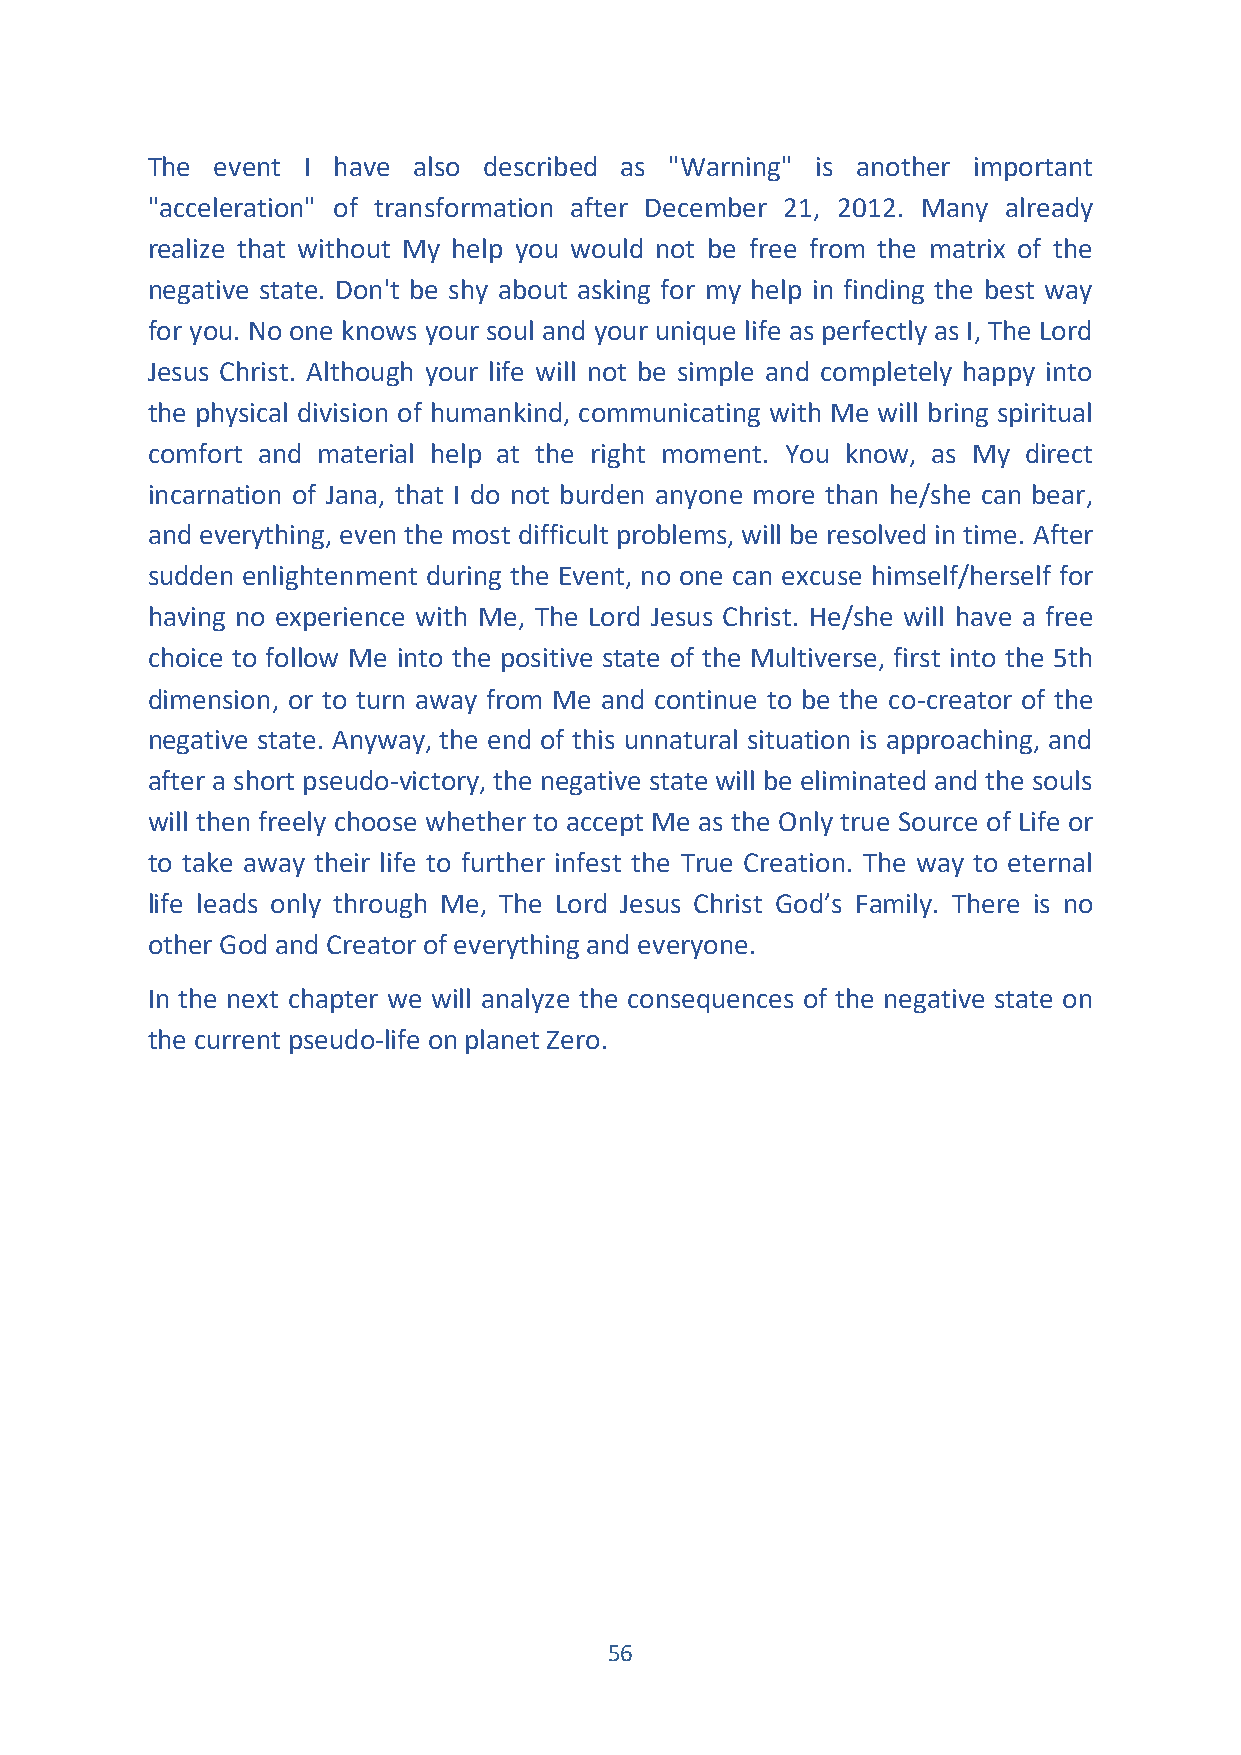
The event I have also described as "Warning" is another important
 "acceleration" of transformation after December 21, 2012. Many already
 realize that without My help you would not be free from the matrix of the
 negative state. Don't be shy about asking for my help in finding the best way
 for you. No one knows your soul and your unique life as perfectly as I, The Lord
 Jesus Christ. Although your life will not be simple and completely happy into
 the physical division of humankind, communicating with Me will bring spiritual
 comfort and material help at the right moment. You know, as My direct
 incarnation of Jana, that I do not burden anyone more than he/she can bear,
 and everything, even the most difficult problems, will be resolved in time. After
 sudden enlightenment during the Event, no one can excuse himself/herself for
 having no experience with Me, The Lord Jesus Christ. He/she will have a free
 choice to follow Me into the positive state of the Multiverse, first into the 5th
 dimension, or to turn away from Me and continue to be the co-creator of the
 negative state. Anyway, the end of this unnatural situation is approaching, and
 after a short pseudo-victory, the negative state will be eliminated and the souls
 will then freely choose whether to accept Me as the Only true Source of Life or
 to take away their life to further infest the True Creation. The way to eternal
 life leads only through Me, The Lord Jesus Christ God’s Family. There is no
 other God and Creator of everything and everyone.
 In the next chapter we will analyze the consequences of the negative state on
 the current pseudo-life on planet Zero.
 56